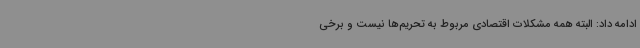
ادامه داد: البته همه مشکلات اقتصادی مربوط به تحریم‌ها نیست و برخی